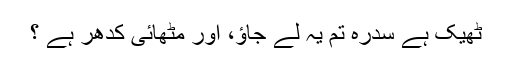
ٹھیک ہے سدرہ تم یہ لے جاؤ، اور مٹھائی کدھر ہے ؟